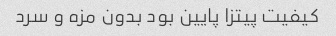
کیفیت پیتزا پایین بود بدون مزه و سرد